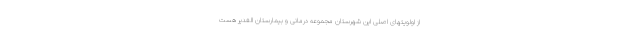
از اولویتهای اصلی این شهرستان مجموعه درمانی و بیمارستان الغدیر هست